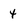
Character: 4